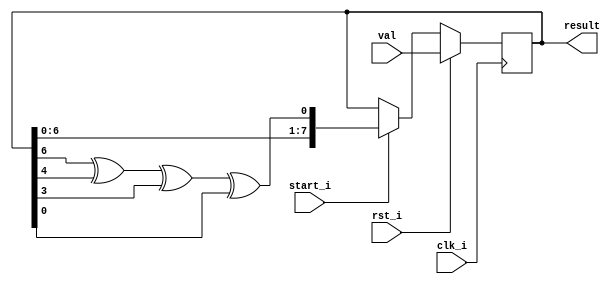
`timescale 1ns / 1ps

module lfsr_1 (
    input wire clk_i,
    input wire rst_i,
    input wire [ 7 : 0 ] val,
    input wire start_i,
    output wire [ 7 : 0 ] result
);

reg [7:0] register;
assign result = register;

always @(posedge clk_i) begin
    if (rst_i) begin
        register <= val;
    end else if (start_i) begin
        register = {register[6:0], (register[6]^register[4]^register[3]^register[0])};
    end
end
endmodule